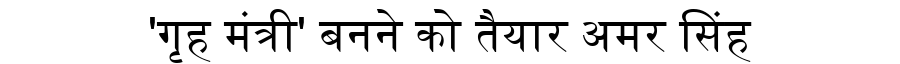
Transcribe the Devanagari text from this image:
'गृह मंत्री' बनने को तैयार अमर सिंह